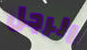
الرجل